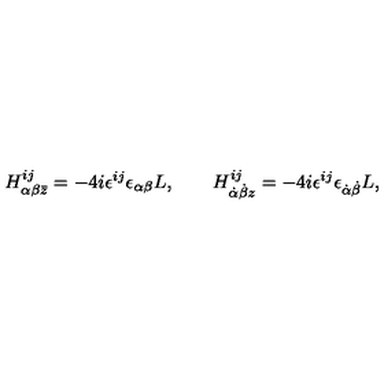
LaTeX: H _ { \alpha \beta \bar { z } } ^ { i j } = - 4 i \epsilon ^ { i j } \epsilon _ { \alpha \beta } L , \qquad H _ { \dot { \alpha } \dot { \beta } z } ^ { i j } = - 4 i \epsilon ^ { i j } \epsilon _ { \dot { \alpha } \dot { \beta } } L ,